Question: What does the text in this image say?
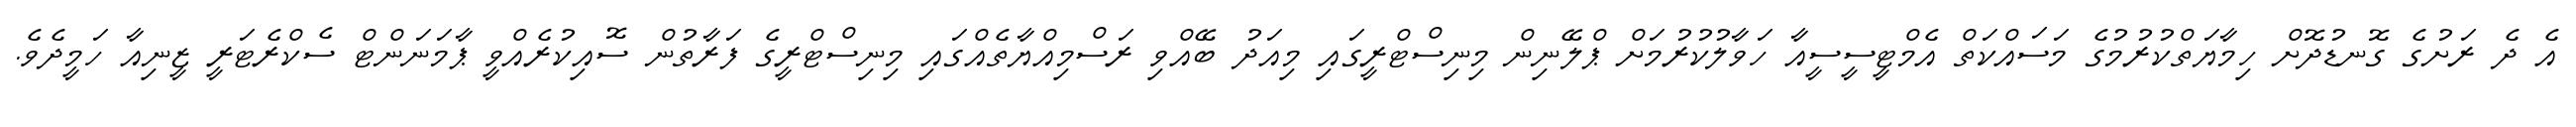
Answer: އެ ދެ ރަށުގެ ގޮނޑުދޮށް ހިމާޔަތްކުރުމުގެ މަސައްކަތް އެމްޓީސީސީއާ ހަވާލުކުރުމަށް ޕްލޭނިން މިނިސްޓްރީގައި މިއަދު ބޭއްވި ރަސްމިއްޔާތެއްގައި މިނިސްޓްރީގެ ފަރާތުން ސޮއިކުރެއްވީ ޕާމަނަންޓް ސެކްރެޓަރީ ޒީނިއާ ހަމީދެވެ.